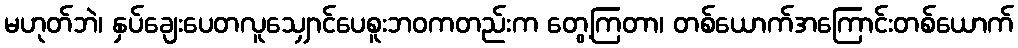
မဟုတ်ဘဲ၊ နှပ်ချေးပေတလူသျှောင်ပေစူးဘဝကတည်းက တွေ့ကြတာ၊ တစ်ယောက်အကြောင်းတစ်ယောက်